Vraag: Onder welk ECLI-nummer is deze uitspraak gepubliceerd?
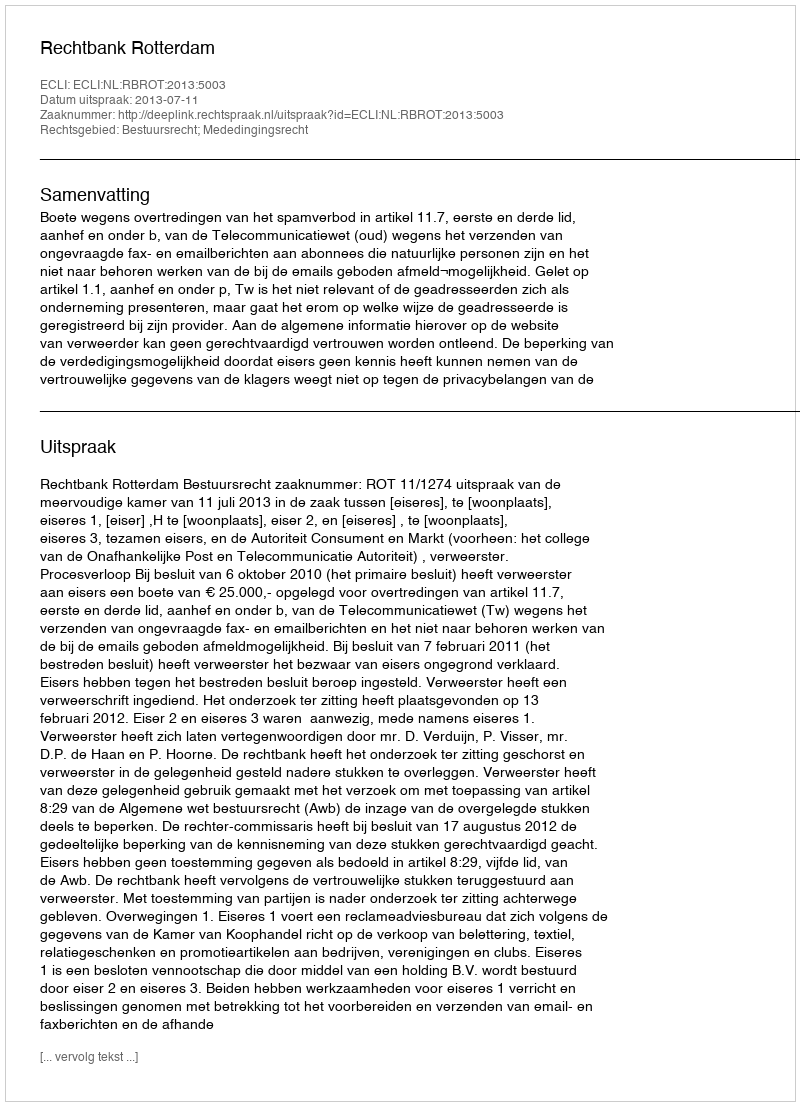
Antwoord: ECLI:NL:RBROT:2013:5003